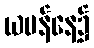
ယမန်နေ့၌